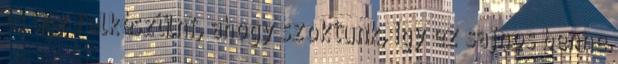
és úgy felkészülni, ahogy szoktunk, így ez sajnos benne